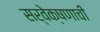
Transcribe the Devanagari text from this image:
सर्वेक्षणाची